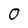
Character: 0